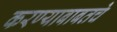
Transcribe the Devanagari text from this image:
करण्याबाबतचे